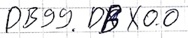
Text: DB99.DBX0.0